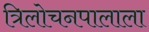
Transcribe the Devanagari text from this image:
त्रिलोचनपालाला